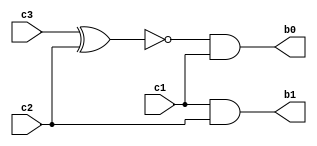
module jayanth_flash_dec(input c1,c2,c3,output b0,b1
    );
 
 wire p1;
 xnor(p1,c3,c2);
 and(b0,p1,c1); 
 and(b1,c1,c2);
endmodule